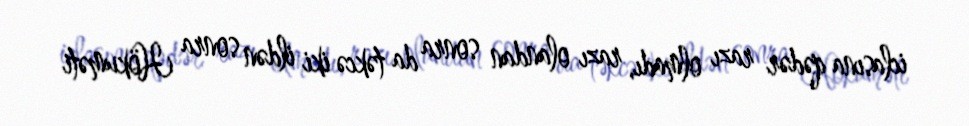
iclasına qədər razı olmadı, razı olandan sonra da təkcə iki ildən sonra Hökuməti